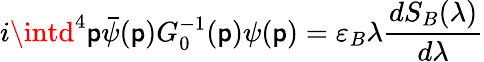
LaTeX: i\intd^{4}\mathsf{p}\bar{{\psi}}(\mathsf{p})G_{0}^{-1}(\mathsf{p})\psi(\mathsf{p})=\varepsilon_{B}\lambda\frac{{dS_{B}(\lambda)}}{{d\lambda}}